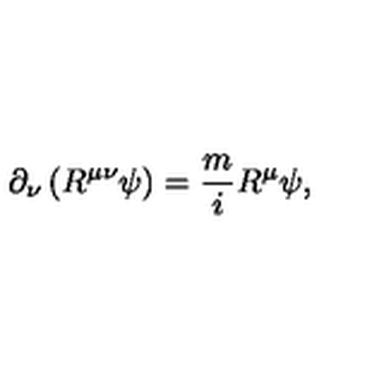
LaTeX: \partial _ { \nu } \left( R ^ { \mu \nu } \psi \right) = \frac { m } { i } R ^ { \mu } \psi ,